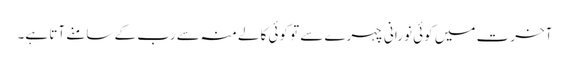
آخرت میں کوئی نورانی چہرے سے تو کوئی کالے منہ سے رب کے سامنے آتا ہے۔